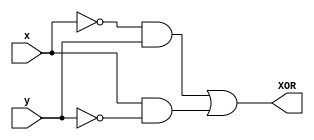
// Benchmark "top" written by ABC on Fri Sep  4 10:02:12 2020

module top (
    x, y,
    XOR  );
  input  x, y;
  output XOR;
  wire new_n4_, new_n5_;
  assign new_n4_ = ~x & y;
  assign new_n5_ = x & ~y;
  assign XOR = new_n4_ | new_n5_;
endmodule